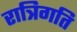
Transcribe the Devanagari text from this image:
रात्रिगति